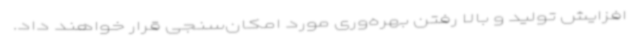
افزایش تولید و بالا رفتن بهره‌وری مورد امکان‌سنجی قرار خواهند داد.